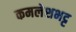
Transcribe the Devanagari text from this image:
कमलेशभट्ट